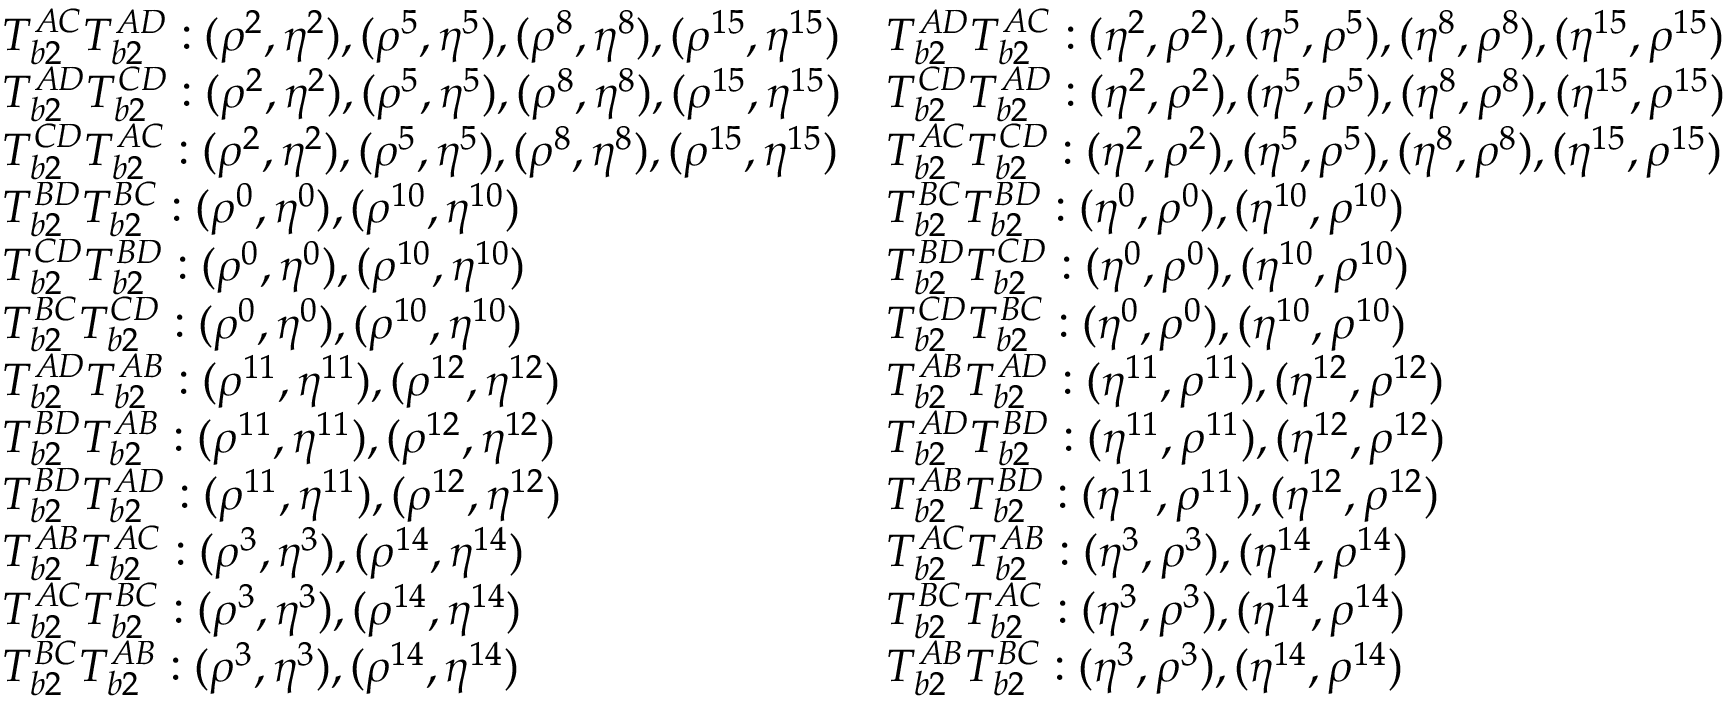
\begin{array} { l l } { T _ { b 2 } ^ { A C } T _ { b 2 } ^ { A D } : ( \rho ^ { 2 } , \eta ^ { 2 } ) , ( \rho ^ { 5 } , \eta ^ { 5 } ) , ( \rho ^ { 8 } , \eta ^ { 8 } ) , ( \rho ^ { 1 5 } , \eta ^ { 1 5 } ) } & { T _ { b 2 } ^ { A D } T _ { b 2 } ^ { A C } : ( \eta ^ { 2 } , \rho ^ { 2 } ) , ( \eta ^ { 5 } , \rho ^ { 5 } ) , ( \eta ^ { 8 } , \rho ^ { 8 } ) , ( \eta ^ { 1 5 } , \rho ^ { 1 5 } ) } \\ { T _ { b 2 } ^ { A D } T _ { b 2 } ^ { C D } : ( \rho ^ { 2 } , \eta ^ { 2 } ) , ( \rho ^ { 5 } , \eta ^ { 5 } ) , ( \rho ^ { 8 } , \eta ^ { 8 } ) , ( \rho ^ { 1 5 } , \eta ^ { 1 5 } ) } & { T _ { b 2 } ^ { C D } T _ { b 2 } ^ { A D } : ( \eta ^ { 2 } , \rho ^ { 2 } ) , ( \eta ^ { 5 } , \rho ^ { 5 } ) , ( \eta ^ { 8 } , \rho ^ { 8 } ) , ( \eta ^ { 1 5 } , \rho ^ { 1 5 } ) } \\ { T _ { b 2 } ^ { C D } T _ { b 2 } ^ { A C } : ( \rho ^ { 2 } , \eta ^ { 2 } ) , ( \rho ^ { 5 } , \eta ^ { 5 } ) , ( \rho ^ { 8 } , \eta ^ { 8 } ) , ( \rho ^ { 1 5 } , \eta ^ { 1 5 } ) } & { T _ { b 2 } ^ { A C } T _ { b 2 } ^ { C D } : ( \eta ^ { 2 } , \rho ^ { 2 } ) , ( \eta ^ { 5 } , \rho ^ { 5 } ) , ( \eta ^ { 8 } , \rho ^ { 8 } ) , ( \eta ^ { 1 5 } , \rho ^ { 1 5 } ) } \\ { T _ { b 2 } ^ { B D } T _ { b 2 } ^ { B C } : ( \rho ^ { 0 } , \eta ^ { 0 } ) , ( \rho ^ { 1 0 } , \eta ^ { 1 0 } ) } & { T _ { b 2 } ^ { B C } T _ { b 2 } ^ { B D } : ( \eta ^ { 0 } , \rho ^ { 0 } ) , ( \eta ^ { 1 0 } , \rho ^ { 1 0 } ) } \\ { T _ { b 2 } ^ { C D } T _ { b 2 } ^ { B D } : ( \rho ^ { 0 } , \eta ^ { 0 } ) , ( \rho ^ { 1 0 } , \eta ^ { 1 0 } ) } & { T _ { b 2 } ^ { B D } T _ { b 2 } ^ { C D } : ( \eta ^ { 0 } , \rho ^ { 0 } ) , ( \eta ^ { 1 0 } , \rho ^ { 1 0 } ) } \\ { T _ { b 2 } ^ { B C } T _ { b 2 } ^ { C D } : ( \rho ^ { 0 } , \eta ^ { 0 } ) , ( \rho ^ { 1 0 } , \eta ^ { 1 0 } ) } & { T _ { b 2 } ^ { C D } T _ { b 2 } ^ { B C } : ( \eta ^ { 0 } , \rho ^ { 0 } ) , ( \eta ^ { 1 0 } , \rho ^ { 1 0 } ) } \\ { T _ { b 2 } ^ { A D } T _ { b 2 } ^ { A B } : ( \rho ^ { 1 1 } , \eta ^ { 1 1 } ) , ( \rho ^ { 1 2 } , \eta ^ { 1 2 } ) } & { T _ { b 2 } ^ { A B } T _ { b 2 } ^ { A D } : ( \eta ^ { 1 1 } , \rho ^ { 1 1 } ) , ( \eta ^ { 1 2 } , \rho ^ { 1 2 } ) } \\ { T _ { b 2 } ^ { B D } T _ { b 2 } ^ { A B } : ( \rho ^ { 1 1 } , \eta ^ { 1 1 } ) , ( \rho ^ { 1 2 } , \eta ^ { 1 2 } ) } & { T _ { b 2 } ^ { A D } T _ { b 2 } ^ { B D } : ( \eta ^ { 1 1 } , \rho ^ { 1 1 } ) , ( \eta ^ { 1 2 } , \rho ^ { 1 2 } ) } \\ { T _ { b 2 } ^ { B D } T _ { b 2 } ^ { A D } : ( \rho ^ { 1 1 } , \eta ^ { 1 1 } ) , ( \rho ^ { 1 2 } , \eta ^ { 1 2 } ) } & { T _ { b 2 } ^ { A B } T _ { b 2 } ^ { B D } : ( \eta ^ { 1 1 } , \rho ^ { 1 1 } ) , ( \eta ^ { 1 2 } , \rho ^ { 1 2 } ) } \\ { T _ { b 2 } ^ { A B } T _ { b 2 } ^ { A C } : ( \rho ^ { 3 } , \eta ^ { 3 } ) , ( \rho ^ { 1 4 } , \eta ^ { 1 4 } ) } & { T _ { b 2 } ^ { A C } T _ { b 2 } ^ { A B } : ( \eta ^ { 3 } , \rho ^ { 3 } ) , ( \eta ^ { 1 4 } , \rho ^ { 1 4 } ) } \\ { T _ { b 2 } ^ { A C } T _ { b 2 } ^ { B C } : ( \rho ^ { 3 } , \eta ^ { 3 } ) , ( \rho ^ { 1 4 } , \eta ^ { 1 4 } ) } & { T _ { b 2 } ^ { B C } T _ { b 2 } ^ { A C } : ( \eta ^ { 3 } , \rho ^ { 3 } ) , ( \eta ^ { 1 4 } , \rho ^ { 1 4 } ) } \\ { T _ { b 2 } ^ { B C } T _ { b 2 } ^ { A B } : ( \rho ^ { 3 } , \eta ^ { 3 } ) , ( \rho ^ { 1 4 } , \eta ^ { 1 4 } ) } & { T _ { b 2 } ^ { A B } T _ { b 2 } ^ { B C } : ( \eta ^ { 3 } , \rho ^ { 3 } ) , ( \eta ^ { 1 4 } , \rho ^ { 1 4 } ) } \end{array}